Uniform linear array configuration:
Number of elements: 48
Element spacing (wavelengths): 0.75
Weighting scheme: blackman
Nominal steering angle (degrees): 45
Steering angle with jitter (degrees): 43.16
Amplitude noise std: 0.05
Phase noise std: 0.05

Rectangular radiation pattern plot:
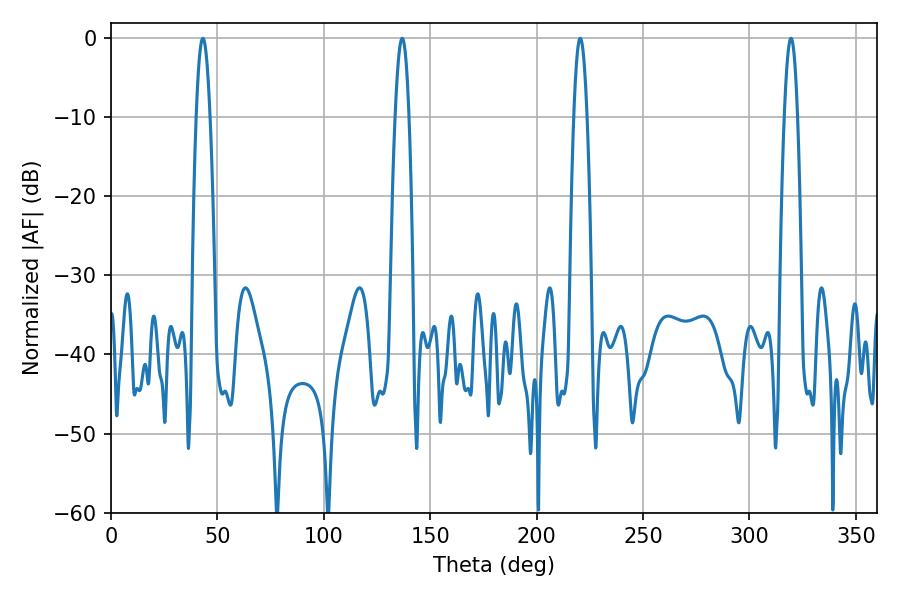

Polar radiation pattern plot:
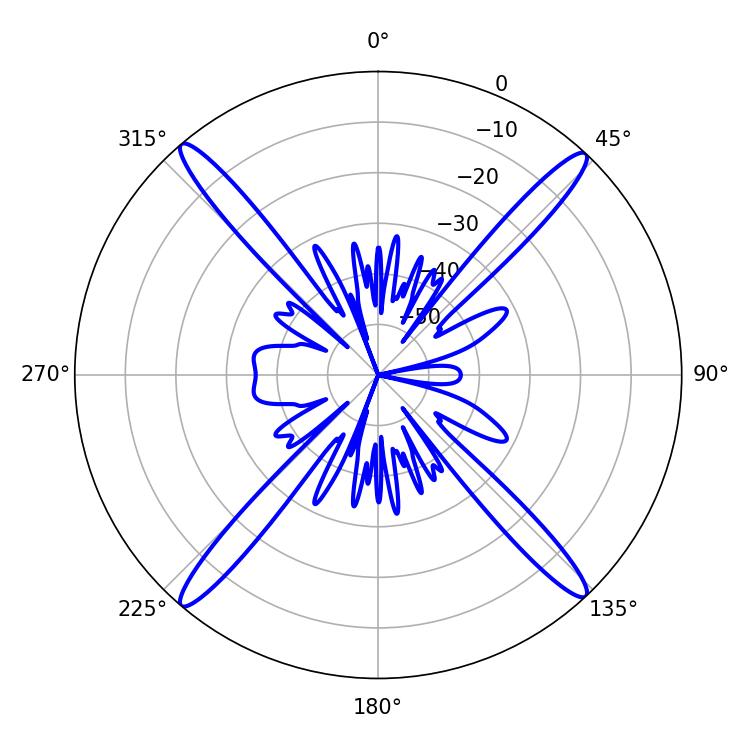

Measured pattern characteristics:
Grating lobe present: TRUE
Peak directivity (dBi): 23.774
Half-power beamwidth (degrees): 3.24
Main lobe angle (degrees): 319.5